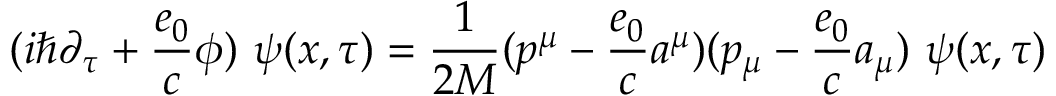
( i \hbar \partial _ { \tau } + \frac { e _ { 0 } } { c } \phi ) \ \psi ( x , \tau ) = \frac { 1 } { 2 M } ( p ^ { \mu } - \frac { e _ { 0 } } { c } a ^ { \mu } ) ( p _ { \mu } - \frac { e _ { 0 } } { c } a _ { \mu } ) \ \psi ( x , \tau )